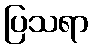
ပြသရာ